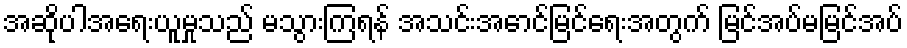
အဆိုပါအရေးယူမှုသည် မသွားကြရန် အသင်းအောင်မြင်ရေးအတွက် မြင်အပ်မမြင်အပ်